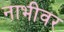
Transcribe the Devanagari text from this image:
नाभीवर